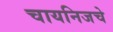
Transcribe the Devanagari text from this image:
चायनिजचे